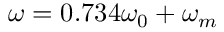
\omega = 0 . 7 3 4 \omega _ { 0 } + \omega _ { m }